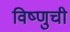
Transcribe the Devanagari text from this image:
विष्णुची